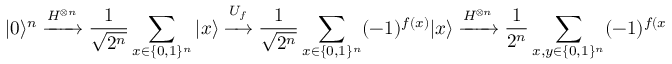
| 0 \rangle ^ { n } \xrightarrow { H ^ { \otimes n } } { \frac { 1 } { \sqrt { 2 ^ { n } } } } \sum _ { x \in \{ 0 , 1 \} ^ { n } } | x \rangle \xrightarrow { U _ { f } } { \frac { 1 } { \sqrt { 2 ^ { n } } } } \sum _ { x \in \{ 0 , 1 \} ^ { n } } ( - 1 ) ^ { f ( x ) } | x \rangle \xrightarrow { H ^ { \otimes n } } { \frac { 1 } { 2 ^ { n } } } \sum _ { x , y \in \{ 0 , 1 \} ^ { n } } ( - 1 ) ^ { f ( x ) + x \cdot y } | y \rangle = | s \rangle